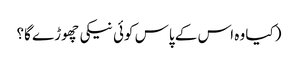
(کیا وہ اس کے پاس کوئی نیکی چھوڑے گا؟